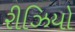
રીઝિયો